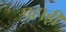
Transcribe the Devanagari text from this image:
पहाड़़ी